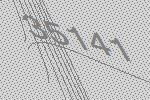
35141